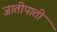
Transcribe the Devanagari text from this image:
जातीपाती